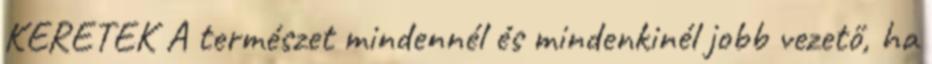
KERETEK A természet mindennél és mindenkinél jobb vezető, ha